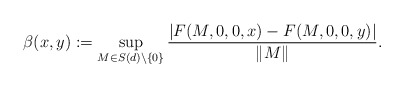
\begin{align*}\beta(x,y):=\sup_{M\in S(d)\setminus\{0\}}\frac{\left|F(M,0,0,x)-F(M,0,0,y)\right|}{\|M\|}.\end{align*}